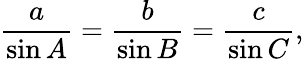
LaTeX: {\frac{a}{\sin A}}={\frac{b}{\sin B}}={\frac{c}{\sin C}},